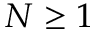
N \geq 1